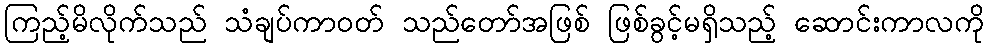
ကြည့်မိလိုက်သည် သံချပ်ကာဝတ် သည်တော်အဖြစ် ဖြစ်ခွင့်မရှိသည့် ဆောင်းကာလကို